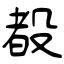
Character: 殾